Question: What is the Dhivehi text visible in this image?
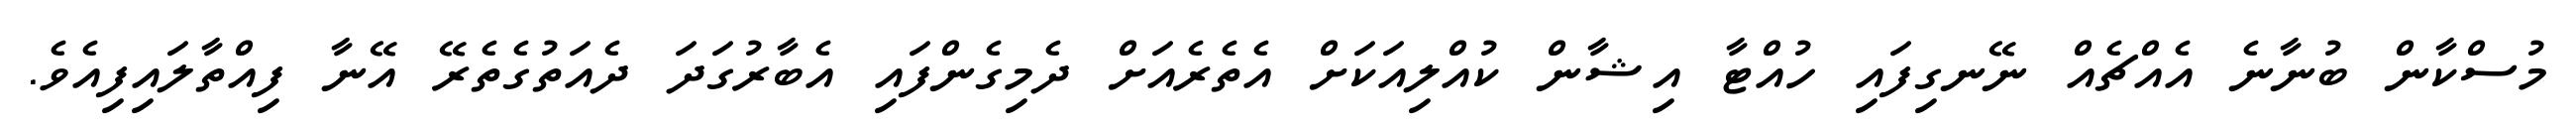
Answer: މުސްކާން ބުނާނެ އެއްޗެއް ނޭނގިފައި ހުއްޓާ އިޝާން ކުއްލިއަކަށް އެތެރެއަށް ދެމިގެންފައި އެބާރުގަދަ ދެއަތުގެތެރޭ އޭނާ ފިއްތާލައިފިއެވެ.